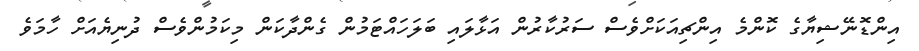
އިންޑޮނޭޝިޔާގެ ކޮންމެ އިންޗިއަކަށްވެސް ސަރުކާރުން އަޅާލައި ބަލަހައްޓަމުން ގެންދާކަން މިކަމުންވެސް ދުނިޔެއަށް ހާމަވެ